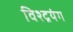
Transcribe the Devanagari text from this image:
विश्द्रयंग